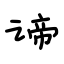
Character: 谛